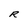
Character: R